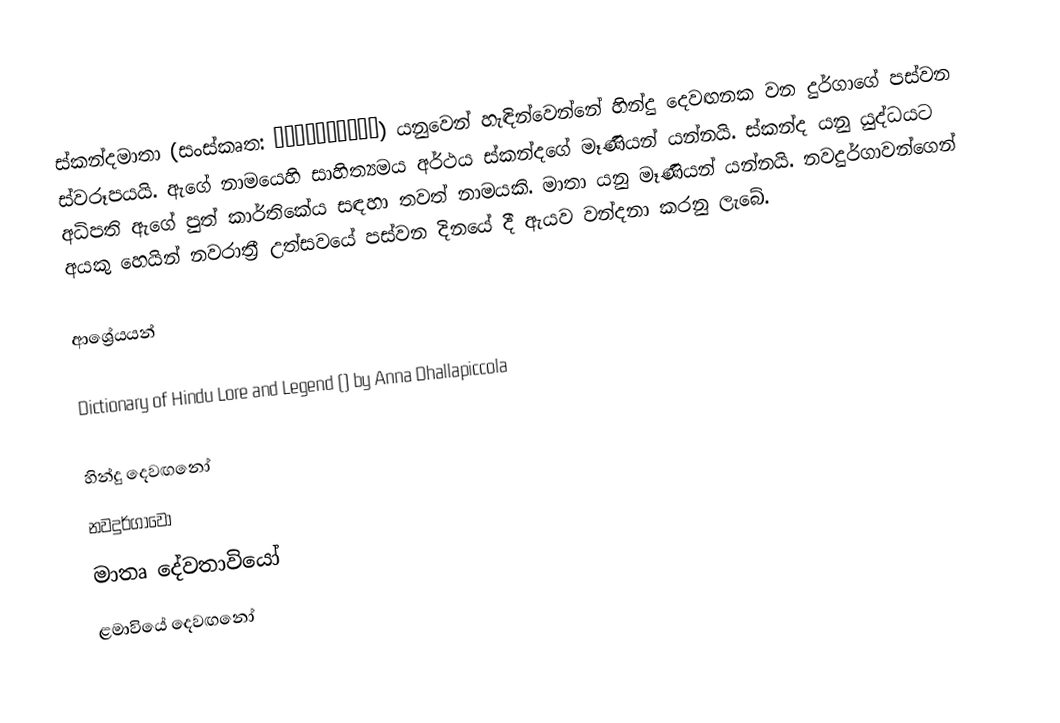
ස්කන්දමාතා (සංස්කෘත: स्कन्दमाता) යනුවෙන් හැඳින්වෙන්නේ හින්දු දෙවඟනක වන දුර්ගාගේ පස්වන ස්වරූපයයි. ඇගේ නාමයෙහි සාහිත්‍යමය අර්ථය ස්කන්දගේ මෑණියන් යන්නයි. ස්කන්ද යනු යුද්ධයට අධිපති ඇගේ පුත් කාර්තිකේය සඳහා තවත් නාමයකි. මාතා යනු මෑණියන් යන්නයි. නවදුර්ගාවන්ගෙන් අයකු හෙයින් නවරාත්‍රී උත්සවයේ පස්වන දිනයේ දී ඇයව වන්දනා කරනු ලැබේ.

ආශ්‍රේයයන්

Dictionary of Hindu Lore and Legend () by Anna Dhallapiccola

හින්දු දෙවඟනෝ
නවදුර්ගාවෝ
මාතෘ දේවතාවියෝ
ළමාවියේ දෙවඟනෝ